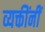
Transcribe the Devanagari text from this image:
व्यक्तींनीं